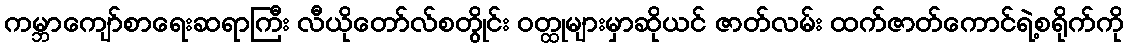
ကမ္ဘာကျော်စာရေးဆရာကြီး လီယိုတော်လ်စတွိုင်း ဝတ္ထုများမှာဆိုယင် ဇာတ်လမ်း ထက်ဇာတ်ကောင်ရဲ့စရိုက်ကို